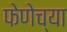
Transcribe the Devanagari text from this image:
फेणेच्या